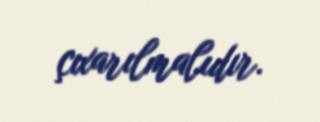
çıxarılmalıdır.